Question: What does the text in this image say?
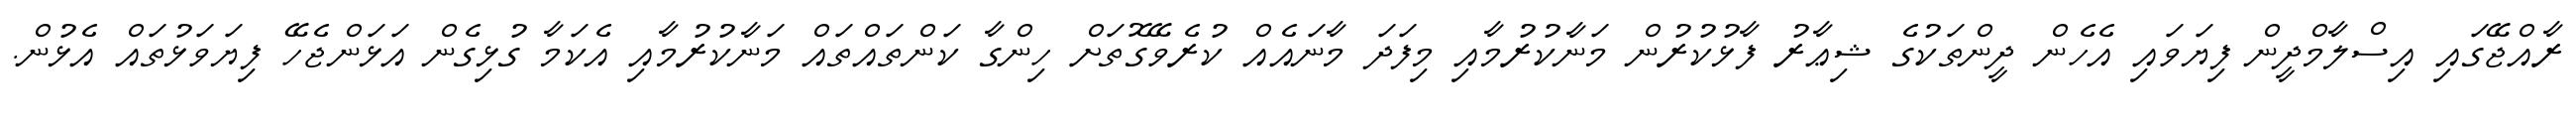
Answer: ރާއްޖޭގައި އިސްލާމްދީން ފިޔަވައި އެހެން ދީންތަކުގެ ޝިޢާރު ފާޅުކުރުން މަނާކުރުމާއި މިފަދަ މާނައެއް ކުރެވޭގޮތަށް ހިންގާ ކަންތައްތައް މަނާކުރުމާއި އެކަމާ ގުޅިގެން އަޅަންޖެހޭ ފިޔަވަޅުތައް އެޅުން.